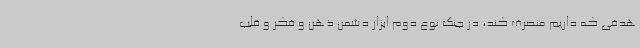
هدفی که داریم منصرف کند، در جنگ نوع دوم ابزار دشمن ذهن و فکر و قلب